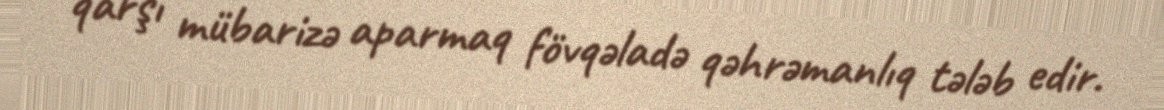
qarşı mübarizə aparmaq fövqəladə qəhrəmanlıq tələb edir.